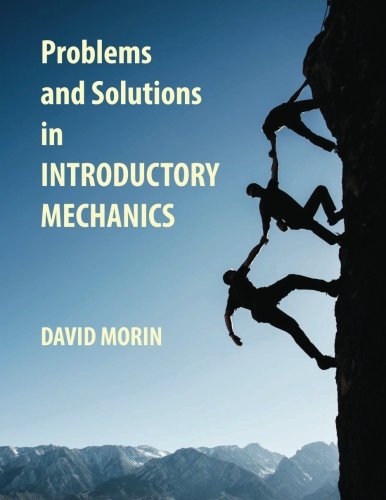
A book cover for Problems and Solutions in Introductory Mechanics; David J. Morin; Science & Math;